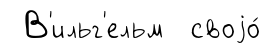
В'ильг'ельм своjо́